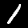
Digit: 1